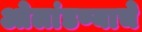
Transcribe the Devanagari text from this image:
ओलांडण्याचे